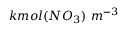
k m o l ( N O _ { 3 } ) \ m ^ { - 3 }